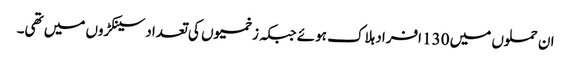
ان حملوں میں 130 افراد ہلاک ہوئے جبکہ زخمیوں کی تعداد سینکڑوں میں تھی۔